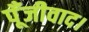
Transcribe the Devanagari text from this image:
पूँजीवाद।